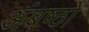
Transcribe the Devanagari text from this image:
अंबष्ठों